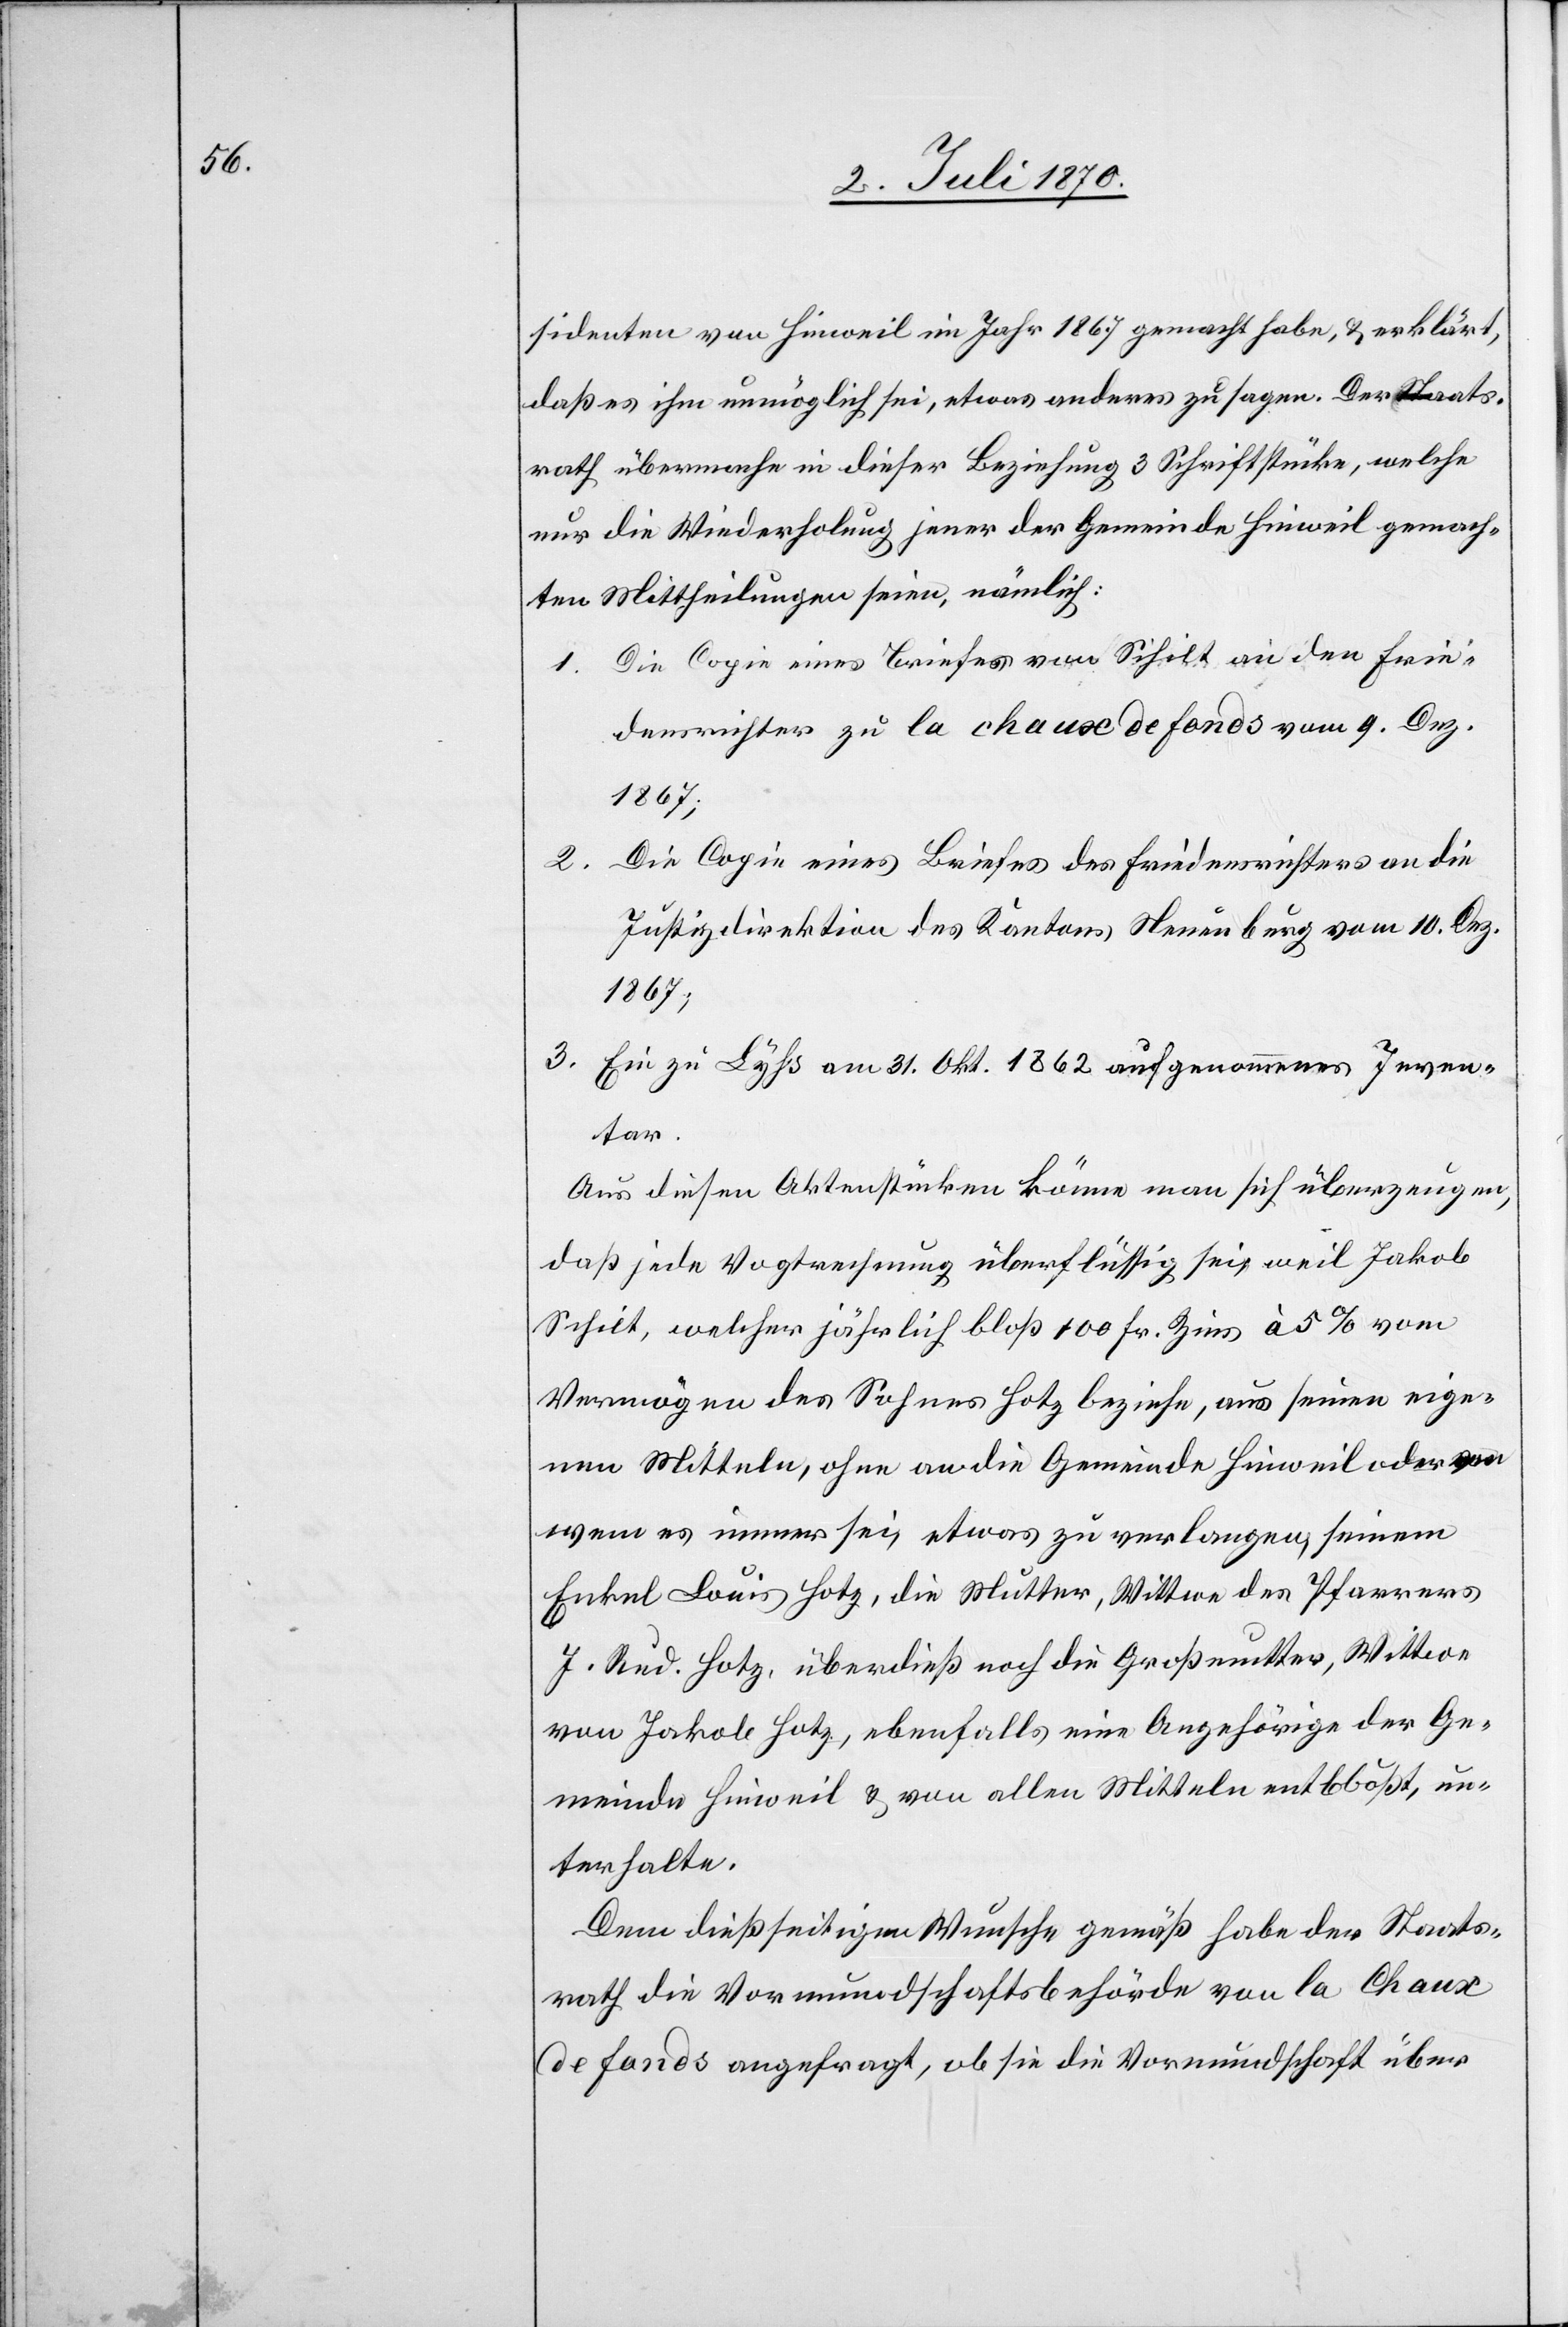
sidenten von Hinweil im Jahr 1867 gemacht habe, & erklärt,
daß es ihm unmöglich sei, etwas anderes zu sagen. Der Staats¬
rath übermache in dieser Beziehung 3 Schriftstücke, welche
nur die Wiederholung jener der Gemeinde Hinweil gemach¬
ten Mittheilungen seien, nämlich:
1. Die Copie eines Briefes von Schilt an den Frie¬
densrichter zu la Chaux de Fonds vom 9. Dez.
1867;
Die Copie eines Briefes des Friedensrichters an die
2.
Justizdirektion des Kantons Neuenburg vom 10. Dez.
1867;
3. Ein zu Lyhs am 31. Okt. 1862 aufgenommenes Inven¬
tar.
Aus diesen Aktenstücken könne man sich überzeugen,
daß jede Vogtrechnung überflüssig sei, weil Jakob
Schilt, welcher jährlich bloß 100 Fr. Zins à 5% vom
Vermögen des Sohnes Hotz beziehe, aus seinen eige¬
nen Mitteln, ohne an die Gemeinde Hinweil oder von
wem es immer sei, etwas zu verlangen, seinem
Enkel Louis Hotz, die Mutter, Wittwe des Pfarrers
J. Rud. Hotz, überdieß noch die Großmutter, Wittwe
von Jakob Hotz, ebenfalls eine Angehörige der Ge¬
meinde Hinweil & von allen Mitteln entblößt, un¬
terhalte.
Dem dießseitigen Wunsche gemäß habe der Staats¬
rath die Vormundschaftsbehörde von la Chaux
de Fonds angefragt, ob sie die Vormundschaft über